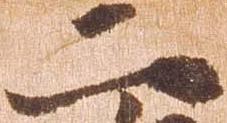
二